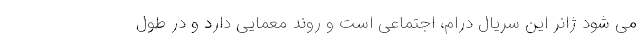
می شود ژانر این سریال درام، اجتماعی است و روند معمایی دارد و در طول